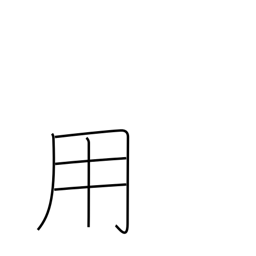
Meaning: use